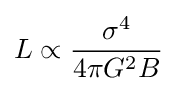
L\propto {\frac {\sigma ^{4}}{4\pi G^{2}B}}